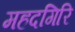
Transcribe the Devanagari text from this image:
महदगिरि